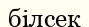
білсек